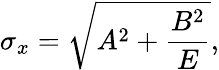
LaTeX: \sigma_{x}=\sqrt{A^{2}+\frac{B^{2}}{E}},